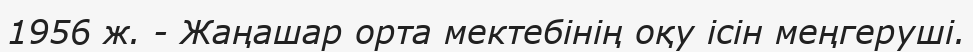
1956 ж. - Жаңашар орта мектебінің оқу ісін меңгеруші.